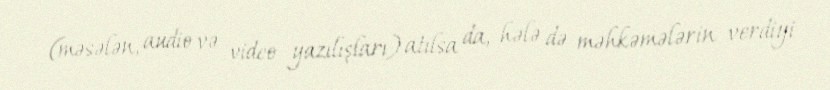
(məsələn, audio və video yazılışları) atılsa da, hələ də məhkəmələrin verdiyi